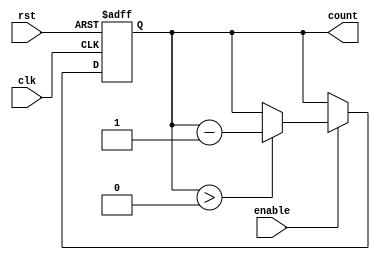
module decremental_counter (
    input wire clk,          // Clock signal
    input wire rst,          // Asynchronous reset signal
    input wire enable,       // Control signal to enable decrementing
    output reg [7:0] count   // Current count value (8-bit)
);

// Define the maximum value for the counter
parameter MAX_VALUE = 8'd255; // Maximum value for an 8-bit counter

// Asynchronous reset and synchronous decrement logic
always @(posedge clk or posedge rst) begin
    if (rst) begin
        count <= MAX_VALUE; // Initialize to MAX_VALUE on reset
    end else if (enable) begin
        if (count > 0) begin
            count <= count - 1; // Decrement the count
        end
        // If count is 0, it remains 0
    end
end

endmodule